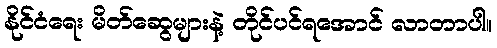
နိုင်ငံရေး မိတ်ဆွေများနဲ့ တိုင်ပင်ရအောင် လာတာပါ။